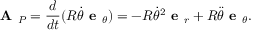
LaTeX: { \textbf { A } } _ { P } = { \frac { d } { d t } } ( R { \dot { \theta } } { \textbf { e } } _ { \theta } ) = - R { \dot { \theta } } ^ { 2 } { \textbf { e } } _ { r } + R { \ddot { \theta } } { \textbf { e } } _ { \theta } .